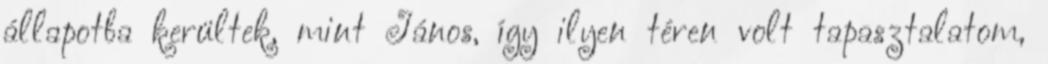
állapotba kerültek, mint János, így ilyen téren volt tapasztalatom,